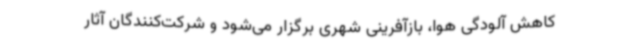
کاهش آلودگی هوا، بازآفرینی شهری برگزار می‌شود و شرکت‌کنندگان آثار